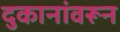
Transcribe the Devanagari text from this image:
दुकानांवरून